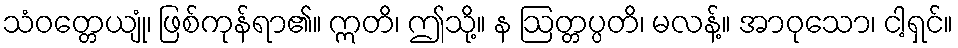
သံဝတ္တေယျုံ၊ ဖြစ်ကုန်ရာ၏။ ဣတိ၊ ဤသို့။ န ဩတ္တပ္ပတိ၊ မလန့်။ အာဝုသော၊ ငါ့ရှင်။